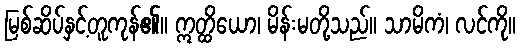
မြစ်ဆိပ်နှင့်တူကုန်၏။ ဣတ္ထိယော၊ မိန်းမတို့သည်။ သာမိကံ၊ လင်ကို။